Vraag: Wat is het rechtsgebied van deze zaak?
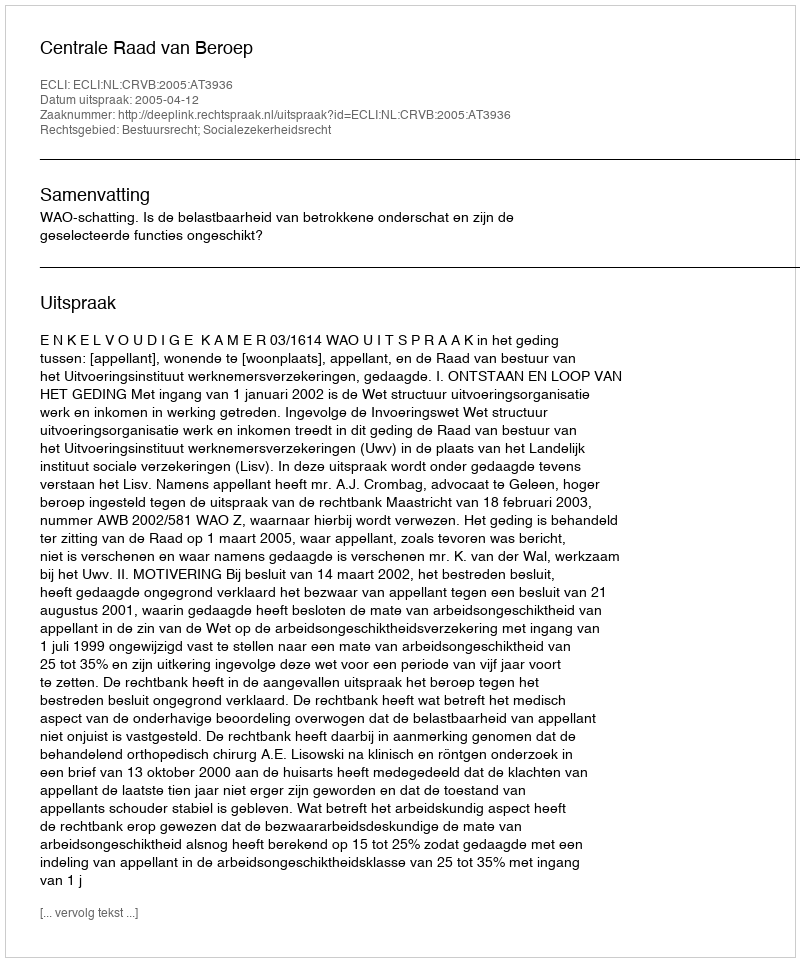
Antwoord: Bestuursrecht; Socialezekerheidsrecht